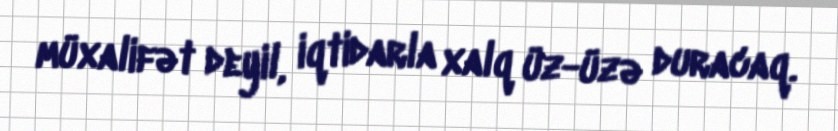
müxalifət deyil, iqtidarla xalq üz-üzə duracaq.